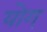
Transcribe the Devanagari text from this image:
योग्‌